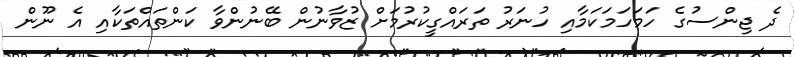
ދެ ޖިންސުގެ ހަމަހަމަކަމާއި ހުނަރު ތަރައްގީކުރުމަށް ޒުވާނުން ބޭނުންވާ ކަންތައްތަކާއި އެ ނޫން